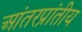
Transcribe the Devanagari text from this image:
आंतरप्रांतीय